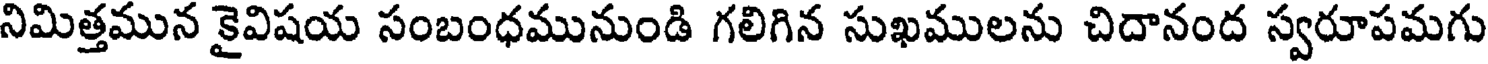
నిమిత్తమున కైవిషయ సంబంధమునుండి గలిగిన సుఖములను చిదానంద స్వరూపమగు